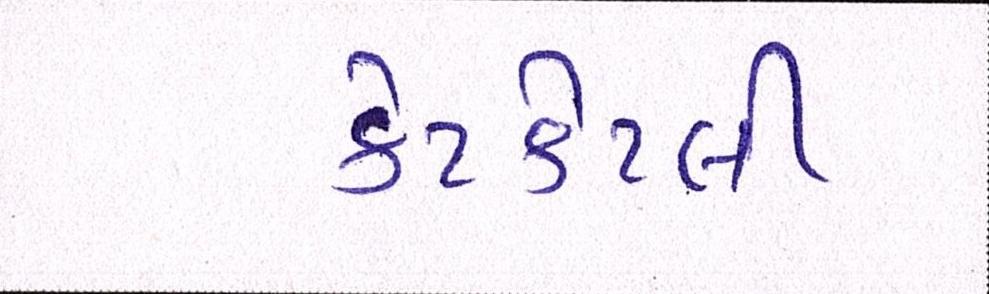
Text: કેટકેટલી